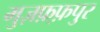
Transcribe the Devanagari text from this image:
मुज़फ़्फ़पुर